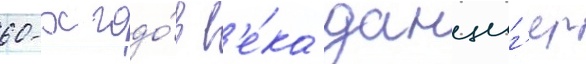
60-х годо́в в'е́ка данциг'ер